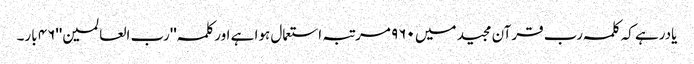
یادرہے کہ کلمہ رب قرآن مجید میں ٩٦٠ مرتبہ استعمال ہوا ہے اورکلمہ ''رب العالمین''٤٦ بار۔